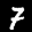
Label: 7